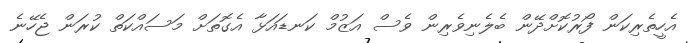
އެހީތެރިކަން ފޯރުކޮށްދޭން ބެލެނިވެރިން ވެސް އަޒުމް ކަނޑައަޅާ އެގޮތަށް މަސައްކަތް ކުރަން ޖެހޭނެ